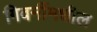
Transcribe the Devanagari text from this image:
गिवर्नीमधील